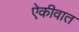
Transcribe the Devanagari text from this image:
ऐकीवात